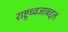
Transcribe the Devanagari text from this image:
राष्ट्रध्वजाबद्दल